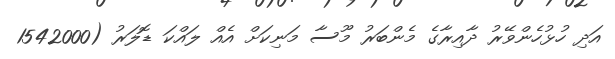
އަދި ހުޅުހެންވޭރު ދާއިރާގެ މެންބަރު މޫސާ މަނިކަށް އެއް ލައްކަ ޑޮލަރު (1542000